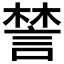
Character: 𧩋